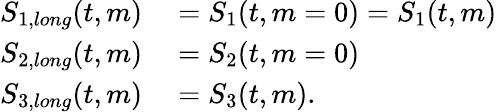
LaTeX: \begin{array}{rl}{S_{1,long}(t,m)}&{{}=S_{1}(t,m=0)=S_{1}(t,m)}\\ {S_{2,long}(t,m)}&{{}=S_{2}(t,m=0)}\\ {S_{3,long}(t,m)}&{{}=S_{3}(t,m).}\end{array}